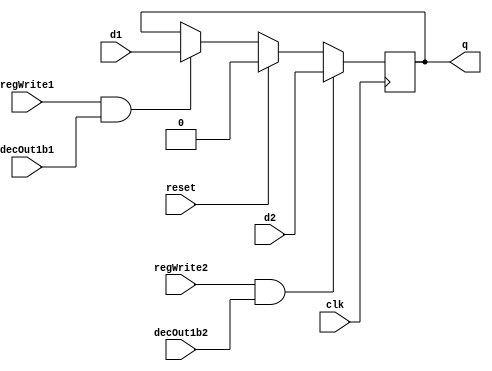
//Register File desgin begins
module D_ff (input clk, input reset, input regWrite1, input decOut1b1, input regWrite2, input decOut1b2, input d1, input d2, output reg q);
	always @ (posedge clk)
	begin
	if(reset==1'b1)
		q=0;
	else
		if(regWrite1 == 1'b1 && decOut1b1 ==1'b1) begin q=d1; end
		if(regWrite2 == 1'b1 && decOut1b2 ==1'b1) begin q=d2; end
	end
endmodule

module register32bit( input clk, input reset, input regWrite1, input decOut1b1, input regWrite2, input decOut1b2, input [31:0] writeData1, input [31:0] writeData2, output  [31:0] outR );
	D_ff d0(clk, reset, regWrite1, decOut1b1, regWrite2, decOut1b2, writeData1[0], writeData2[0], outR[0]);
	D_ff d1(clk, reset, regWrite1, decOut1b1, regWrite2, decOut1b2, writeData1[1], writeData2[1], outR[1]);
	D_ff d2(clk, reset, regWrite1, decOut1b1, regWrite2, decOut1b2, writeData1[2], writeData2[2], outR[2]);
	D_ff d3(clk, reset, regWrite1, decOut1b1, regWrite2, decOut1b2, writeData1[3], writeData2[3], outR[3]);
	D_ff d4(clk, reset, regWrite1, decOut1b1, regWrite2, decOut1b2, writeData1[4], writeData2[4], outR[4]);
	D_ff d5(clk, reset, regWrite1, decOut1b1, regWrite2, decOut1b2, writeData1[5], writeData2[5], outR[5]);
	D_ff d6(clk, reset, regWrite1, decOut1b1, regWrite2, decOut1b2, writeData1[6], writeData2[6], outR[6]);
	D_ff d7(clk, reset, regWrite1, decOut1b1, regWrite2, decOut1b2, writeData1[7], writeData2[7], outR[7]);
	D_ff d8(clk, reset, regWrite1, decOut1b1, regWrite2, decOut1b2, writeData1[8], writeData2[8], outR[8]);
	D_ff d9(clk, reset, regWrite1, decOut1b1, regWrite2, decOut1b2, writeData1[9], writeData2[9], outR[9]);
	D_ff d10(clk, reset, regWrite1, decOut1b1, regWrite2, decOut1b2, writeData1[10], writeData2[10], outR[10]);
	D_ff d11(clk, reset, regWrite1, decOut1b1, regWrite2, decOut1b2, writeData1[11], writeData2[11], outR[11]);
	D_ff d12(clk, reset, regWrite1, decOut1b1, regWrite2, decOut1b2, writeData1[12], writeData2[12], outR[12]);
	D_ff d13(clk, reset, regWrite1, decOut1b1, regWrite2, decOut1b2, writeData1[13], writeData2[13], outR[13]);
	D_ff d14(clk, reset, regWrite1, decOut1b1, regWrite2, decOut1b2, writeData1[14], writeData2[14], outR[14]);
	D_ff d15(clk, reset, regWrite1, decOut1b1, regWrite2, decOut1b2, writeData1[15], writeData2[15], outR[15]);
  D_ff d16(clk, reset, regWrite1, decOut1b1, regWrite2, decOut1b2, writeData1[16], writeData2[16], outR[16]);
	D_ff d17(clk, reset, regWrite1, decOut1b1, regWrite2, decOut1b2, writeData1[17], writeData2[17], outR[17]);
	D_ff d18(clk, reset, regWrite1, decOut1b1, regWrite2, decOut1b2, writeData1[18], writeData2[18], outR[18]);
	D_ff d19(clk, reset, regWrite1, decOut1b1, regWrite2, decOut1b2, writeData1[19], writeData2[19], outR[19]);
	D_ff d20(clk, reset, regWrite1, decOut1b1, regWrite2, decOut1b2, writeData1[20], writeData2[20], outR[20]);
	D_ff d21(clk, reset, regWrite1, decOut1b1, regWrite2, decOut1b2, writeData1[21], writeData2[21], outR[21]);
	D_ff d22(clk, reset, regWrite1, decOut1b1, regWrite2, decOut1b2, writeData1[22], writeData2[22], outR[22]);
	D_ff d23(clk, reset, regWrite1, decOut1b1, regWrite2, decOut1b2, writeData1[23], writeData2[23], outR[23]);
  D_ff d24(clk, reset, regWrite1, decOut1b1, regWrite2, decOut1b2, writeData1[24], writeData2[24], outR[24]);
	D_ff d25(clk, reset, regWrite1, decOut1b1, regWrite2, decOut1b2, writeData1[25], writeData2[25], outR[25]);
	D_ff d26(clk, reset, regWrite1, decOut1b1, regWrite2, decOut1b2, writeData1[26], writeData2[26], outR[26]);
	D_ff d27(clk, reset, regWrite1, decOut1b1, regWrite2, decOut1b2, writeData1[27], writeData2[27], outR[27]);
	D_ff d28(clk, reset, regWrite1, decOut1b1, regWrite2, decOut1b2, writeData1[28], writeData2[28], outR[28]);
	D_ff d29(clk, reset, regWrite1, decOut1b1, regWrite2, decOut1b2, writeData1[29], writeData2[29], outR[29]);
	D_ff d30(clk, reset, regWrite1, decOut1b1, regWrite2, decOut1b2, writeData1[30], writeData2[30], outR[30]);
	D_ff d31(clk, reset, regWrite1, decOut1b1, regWrite2, decOut1b2, writeData1[31], writeData2[31], outR[31]);
endmodule

module registerSet( input clk, input reset, input regWrite1, input [7:0] decOut1, input regWrite2, input [7:0] decOut2, input [31:0] writeData1, input [31:0] writeData2, output [31:0] outR0,outR1,outR2,outR3,outR4,outR5,outR6,outR7 );
		register32bit r0( clk, reset, regWrite1, decOut1[0], regWrite2, decOut2[0], writeData1, writeData2, outR0 );
		register32bit r1( clk, reset, regWrite1, decOut1[1], regWrite2, decOut2[1], writeData1, writeData2, outR1 );
		register32bit r2( clk, reset, regWrite1, decOut1[2], regWrite2, decOut2[2], writeData1, writeData2, outR2 );
		register32bit r3( clk, reset, regWrite1, decOut1[3], regWrite2, decOut2[3], writeData1, writeData2, outR3 );
		register32bit r4( clk, reset, regWrite1, decOut1[4], regWrite2, decOut2[4], writeData1, writeData2, outR4 );
		register32bit r5( clk, reset, regWrite1, decOut1[5], regWrite2, decOut2[5], writeData1, writeData2, outR5 );
		register32bit r6( clk, reset, regWrite1, decOut1[6], regWrite2, decOut2[6], writeData1, writeData2, outR6 );
		register32bit r7( clk, reset, regWrite1, decOut1[7], regWrite2, decOut2[7], writeData1, writeData2, outR7 );
endmodule

module decoder3to8( input [2:0] destReg, output reg [7:0] decOut);
  always @(destReg)
    begin
      case(destReg)
        3'b000: decOut = 8'b00000001;
        3'b001: decOut = 8'b00000010;
        3'b010: decOut = 8'b00000100;
        3'b011: decOut = 8'b00001000;
        3'b100: decOut = 8'b00010000;
        3'b101: decOut = 8'b00100000;
        3'b110: decOut = 8'b01000000;
        3'b111: decOut = 8'b10000000;
    endcase
  end
endmodule

module mux8to1(input [31:0] outR0,outR1,outR2,outR3,outR4,outR5,outR6,outR7, input [2:0] Sel, output reg [31:0] muxOut );
  always @(Sel or outR0 or outR1 or outR2 or outR3 or outR4 or outR5 or outR6 or outR7)
  begin
    case(Sel)
      3'b000 : muxOut = outR0;
      3'b001 : muxOut = outR1;
      3'b010 : muxOut = outR2;
      3'b011 : muxOut = outR3;
      3'b100 : muxOut = outR4;
      3'b101 : muxOut = outR5;
      3'b110 : muxOut = outR6;
      3'b111 : muxOut = outR7;
  endcase
end
endmodule

module registerFile(input clk, input reset, input regWrite1, input regWrite2, input [2:0] srcRegA, input [2:0] srcRegB, input [2:0] srcRegC, input [2:0] srcRegD,
	input [2:0] writeReg1,  input [2:0] writeReg2, input [31:0] writeData1, input [31:0] writeData2, output [31:0] outBusA, output [31:0] outBusB, output [31:0] outBusC, output [31:0] outBusD );

 	wire [7:0] decOut1;
 	wire [7:0] decOut2;

	wire [31:0] outR0,outR1,outR2,outR3,outR4,outR5,outR6,outR7;

	decoder3to8 decoder1_insideRegisterFile(writeReg1, decOut1);
	decoder3to8 decoder2_insideRegisterFile(writeReg2, decOut2);

  registerSet rSet0(clk, reset, regWrite1, decOut1, regWrite2, decOut2, writeData1, writeData2, outR0,outR1,outR2,outR3,outR4,outR5,outR6,outR7);

 	mux8to1 m1_insideRegisterFile(outR0,outR1,outR2,outR3,outR4,outR5,outR6,outR7,srcRegA,outBusA);
 	mux8to1 m2_insideRegisterFile(outR0,outR1,outR2,outR3,outR4,outR5,outR6,outR7,srcRegB,outBusB);
 	mux8to1 m3_insideRegisterFile(outR0,outR1,outR2,outR3,outR4,outR5,outR6,outR7,srcRegC,outBusC);
 	mux8to1 m4_insideRegisterFile(outR0,outR1,outR2,outR3,outR4,outR5,outR6,outR7,srcRegD,outBusD);

endmodule
//Register File desgin ends